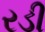
રડી